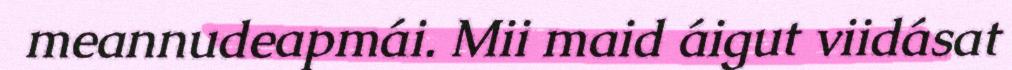
meannudeapmái. Mii maid áigut viidásat